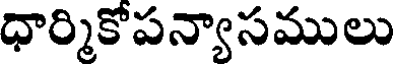
ధార్మికోపన్యాసములు